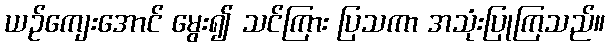
ယဉ်ကျေးအောင် မွေး၍ သင်ကြား ပြသကာ အသုံးပြုကြသည်။